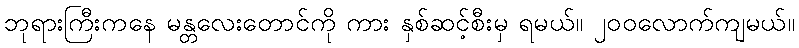
ဘုရားကြီးကနေ မန္တလေးတောင်ကို ကား နှစ်ဆင့်စီးမှ ရမယ်။ ၂၀၀လောက်ကျမယ်။